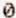
0